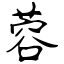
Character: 蓉